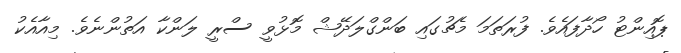
ޕޮއިންޓު ހޯދާފައެވެ. ފުރަތަމަ މެޗުގައި ބަންގްލަދޭޝް މޮޅުވީ ސްރީ ލަންކާ އަތުންނެވެ. މިއާއެކު